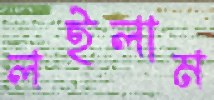
লইলাম